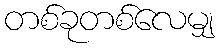
တစ်ခုတစ်လေမျှ